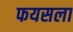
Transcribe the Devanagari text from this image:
फयसला